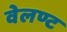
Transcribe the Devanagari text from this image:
वेलण्ट